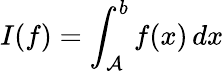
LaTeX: I(f)=\int_{\mathcal{A}}^{b}f(x)\, dx